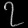
Digit: ၇